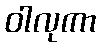
ဝါလုကာ